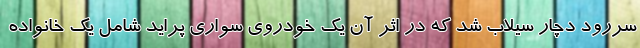
سررود دچار سیلاب شد که در اثر آن یک خودروی سواری پراید شامل یک خانواده